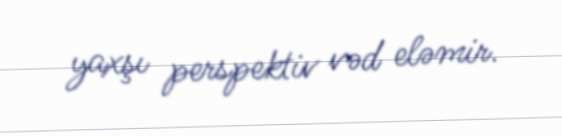
yaxşı perspektiv vəd eləmir.